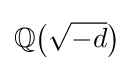
\mathbb {Q} {\big (}{\sqrt {-d}}{\big )}